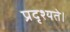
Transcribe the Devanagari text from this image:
प्रदृश्यते।